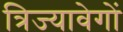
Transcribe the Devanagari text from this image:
त्रिज्यावेगों